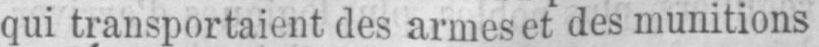
qui transportaient des armes et des munitions